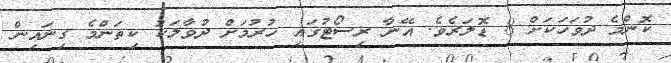
ކޮންމެ ދުވަހަކަށް 8 ޑޮލަރެވެ. އޭނާ ރިސޯޓުގައި ހުރުމަށް ދުވާލަކު ކިތަންމެ ގިނައިން